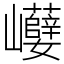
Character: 巕